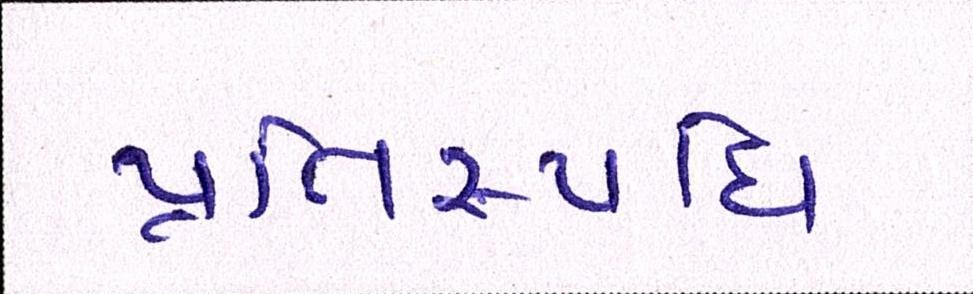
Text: પ્રતિસ્પધિ